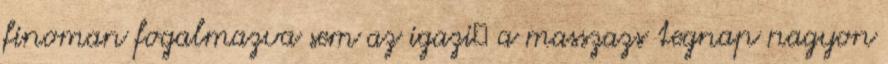
finoman fogalmazva sem az igazi🤔 a masszazs tegnap nagyon